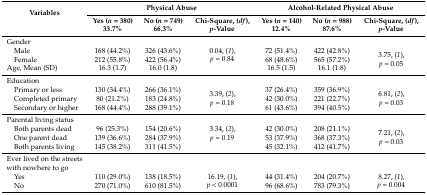
<table><thead><tr><td rowspan="2"><b>Variables</b></td><td colspan="3"><b>Physical Abuse</b></td><td colspan="3"><b>Alcohol-Related Physical Abuse</b></td></tr><tr><td><b>Yes (<i>n</i> = 380) 33.7%</b></td><td><b>No (<i>n</i> = 749) 66.3%</b></td><td><b>Chi-Square, (<i>df</i>), <i>p</i>-Value</b></td><td><b>Yes (<i>n</i> = 140) 12.4%</b></td><td><b>No (<i>n</i> = 988) 87.6%</b></td><td><b>Chi-Square, (<i>df</i>), <i>p</i>-Value</b></td></tr></thead><tbody><tr><td>Gender</td><td></td><td></td><td></td><td></td><td></td><td></td></tr><tr><td> Male</td><td>168 (44.2%)</td><td>326 (43.6%)</td><td rowspan="2">0.04, (<i>1</i>), <i>p</i> = 0.84</td><td>72 (51.4%)</td><td>422 (42.8%)</td><td rowspan="3">3.75, (<i>1</i>), <i>p</i> = 0.05</td></tr><tr><td> Female</td><td>212 (55.8%)</td><td>422 (56.4%)</td><td>68 (48.6%)</td><td>565 (57.2%)</td></tr><tr><td>Age, Mean (SD)</td><td>16.3 (1.7)</td><td>16.0 (1.8)</td><td></td><td>16.5 (1.5)</td><td>16.1 (1.8)</td></tr><tr><td>Education</td><td></td><td></td><td></td><td></td><td></td><td></td></tr><tr><td> Primary or less</td><td>130 (34.4%)</td><td>266 (36.1%)</td><td rowspan="3">3.39, (<i>2</i>), <i>p</i> = 0.18</td><td>37 (26.4%)</td><td>359 (36.9%)</td><td rowspan="3">6.81, (<i>2</i>), <i>p</i> = 0.03</td></tr><tr><td> Completed primary</td><td>80 (21.2%)</td><td>183 (24.8%)</td><td>42 (30.0%)</td><td>221 (22.7%)</td></tr><tr><td> Secondary or higher</td><td>168 (44.4%)</td><td>288 (39.1%)</td><td>61 (43.6%)</td><td>394 (40.5%)</td></tr><tr><td>Parental living status</td><td></td><td></td><td></td><td></td><td></td><td></td></tr><tr><td> Both parents dead</td><td>96 (25.3%)</td><td>154 (20.6%)</td><td rowspan="2">3.34, (<i>2</i>), <i>p</i> = 0.19</td><td>42 (30.0%)</td><td>208 (21.1%)</td><td rowspan="3">7.21, (<i>2</i>), <i>p</i> = 0.03</td></tr><tr><td> One parent dead</td><td>139 (36.6%)</td><td>284 (37.9%)</td><td>53 (37.9%)</td><td>368 (37.3%)</td></tr><tr><td> Both parents living</td><td>145 (38.2%)</td><td>311 (41.5%)</td><td></td><td>45 (32.1%)</td><td>412 (41.7%)</td></tr><tr><td>Ever lived on the streets with nowhere to go</td><td></td><td></td><td></td><td></td><td></td><td></td></tr><tr><td> Yes</td><td>110 (29.0%)</td><td>138 (18.5%)</td><td rowspan="2">16.19, (<i>1</i>), <i>p</i> &lt; 0.0001</td><td>44 (31.4%)</td><td>204 (20.7%)</td><td rowspan="2">8.27, (<i>1</i>), <i>p</i> = 0.004</td></tr><tr><td> No</td><td>270 (71.0%)</td><td>610 (81.5%)</td><td>96 (68.6%)</td><td>783 (79.3%)</td></tr></tbody></table>